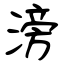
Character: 滂